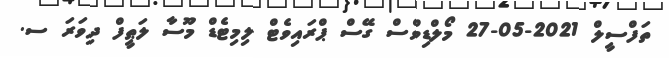
ތަފްސީލް 2021-05-27 މޯލްޑިވްސް ގޭސް ޕްރައިވެޓް ލިމިޓެޑް މޫސާ ލަޠީފް ދިވަރަ ސ.